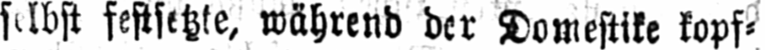
selbst festsetze, während der Domestike kopf⸗